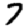
Digit: 7